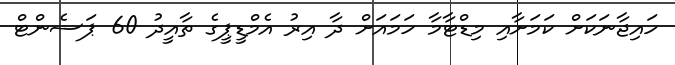
ހައިޖާނަކަށް ކަމަށާއި މިޑްޓާމާ ހަމައަށް ދާ އިރު އެމްޑީޕީގެ ތާއީދު 60 ޕަސެންޓް